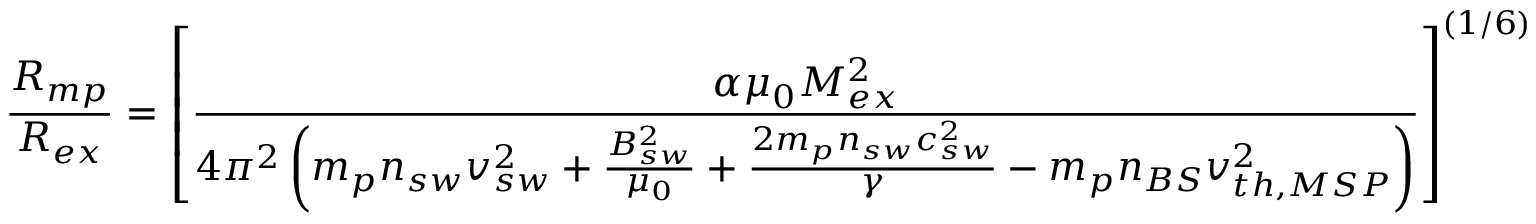
\frac { R _ { m p } } { R _ { e x } } = \left[ \frac { \alpha \mu _ { 0 } M _ { e x } ^ { 2 } } { 4 \pi ^ { 2 } \left( m _ { p } n _ { s w } v _ { s w } ^ { 2 } + \frac { B _ { s w } ^ { 2 } } { \mu _ { 0 } } + \frac { 2 m _ { p } n _ { s w } c _ { s w } ^ { 2 } } { \gamma } - m _ { p } n _ { B S } v _ { t h , M S P } ^ { 2 } \right) } \right] ^ { ( 1 / 6 ) }